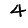
Digit: 4